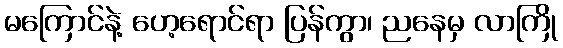
မကြောင်နဲ့ ဟေ့ရောင်ရာ ပြန်ကွာ၊ ညနေမှ လာကြို